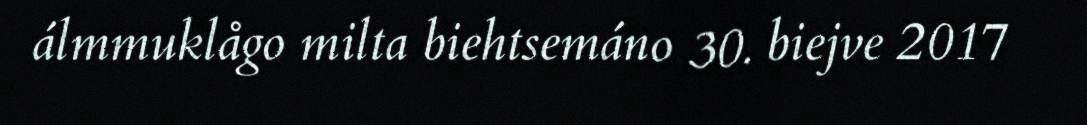
álmmuklågo milta biehtsemáno 30. biejve 2017